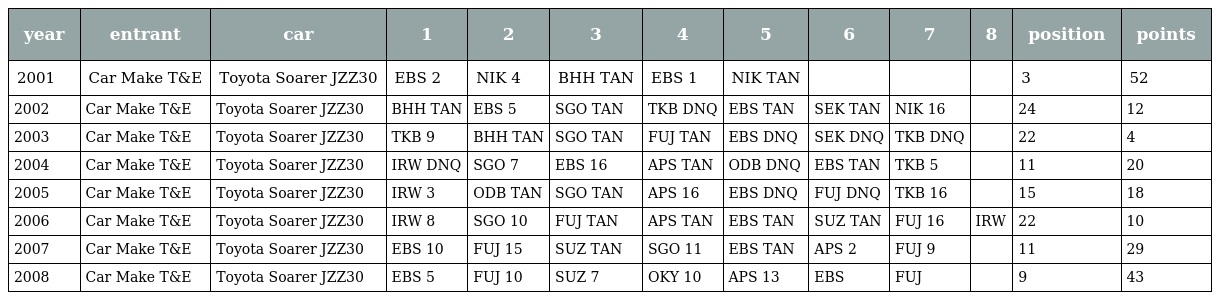
| year | entrant | car | 1 | 2 | 3 | 4 | 5 | 6 | 7 | 8 | position | points |
 | --- | --- | --- | --- | --- | --- | --- | --- | --- | --- | --- | --- | --- |
 | 2001 | Car Make T&E | Toyota Soarer JZZ30 | EBS 2 | NIK 4 | BHH TAN | EBS 1 | NIK TAN |  |  |  | 3 | 52 |
 | 2002 | Car Make T&E | Toyota Soarer JZZ30 | BHH TAN | EBS 5 | SGO TAN | TKB DNQ | EBS TAN | SEK TAN | NIK 16 |  | 24 | 12 |
 | 2003 | Car Make T&E | Toyota Soarer JZZ30 | TKB 9 | BHH TAN | SGO TAN | FUJ TAN | EBS DNQ | SEK DNQ | TKB DNQ |  | 22 | 4 |
 | 2004 | Car Make T&E | Toyota Soarer JZZ30 | IRW DNQ | SGO 7 | EBS 16 | APS TAN | ODB DNQ | EBS TAN | TKB 5 |  | 11 | 20 |
 | 2005 | Car Make T&E | Toyota Soarer JZZ30 | IRW 3 | ODB TAN | SGO TAN | APS 16 | EBS DNQ | FUJ DNQ | TKB 16 |  | 15 | 18 |
 | 2006 | Car Make T&E | Toyota Soarer JZZ30 | IRW 8 | SGO 10 | FUJ TAN | APS TAN | EBS TAN | SUZ TAN | FUJ 16 | IRW | 22 | 10 |
 | 2007 | Car Make T&E | Toyota Soarer JZZ30 | EBS 10 | FUJ 15 | SUZ TAN | SGO 11 | EBS TAN | APS 2 | FUJ 9 |  | 11 | 29 |
 | 2008 | Car Make T&E | Toyota Soarer JZZ30 | EBS 5 | FUJ 10 | SUZ 7 | OKY 10 | APS 13 | EBS | FUJ |  | 9 | 43 |